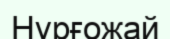
Нұрғожай